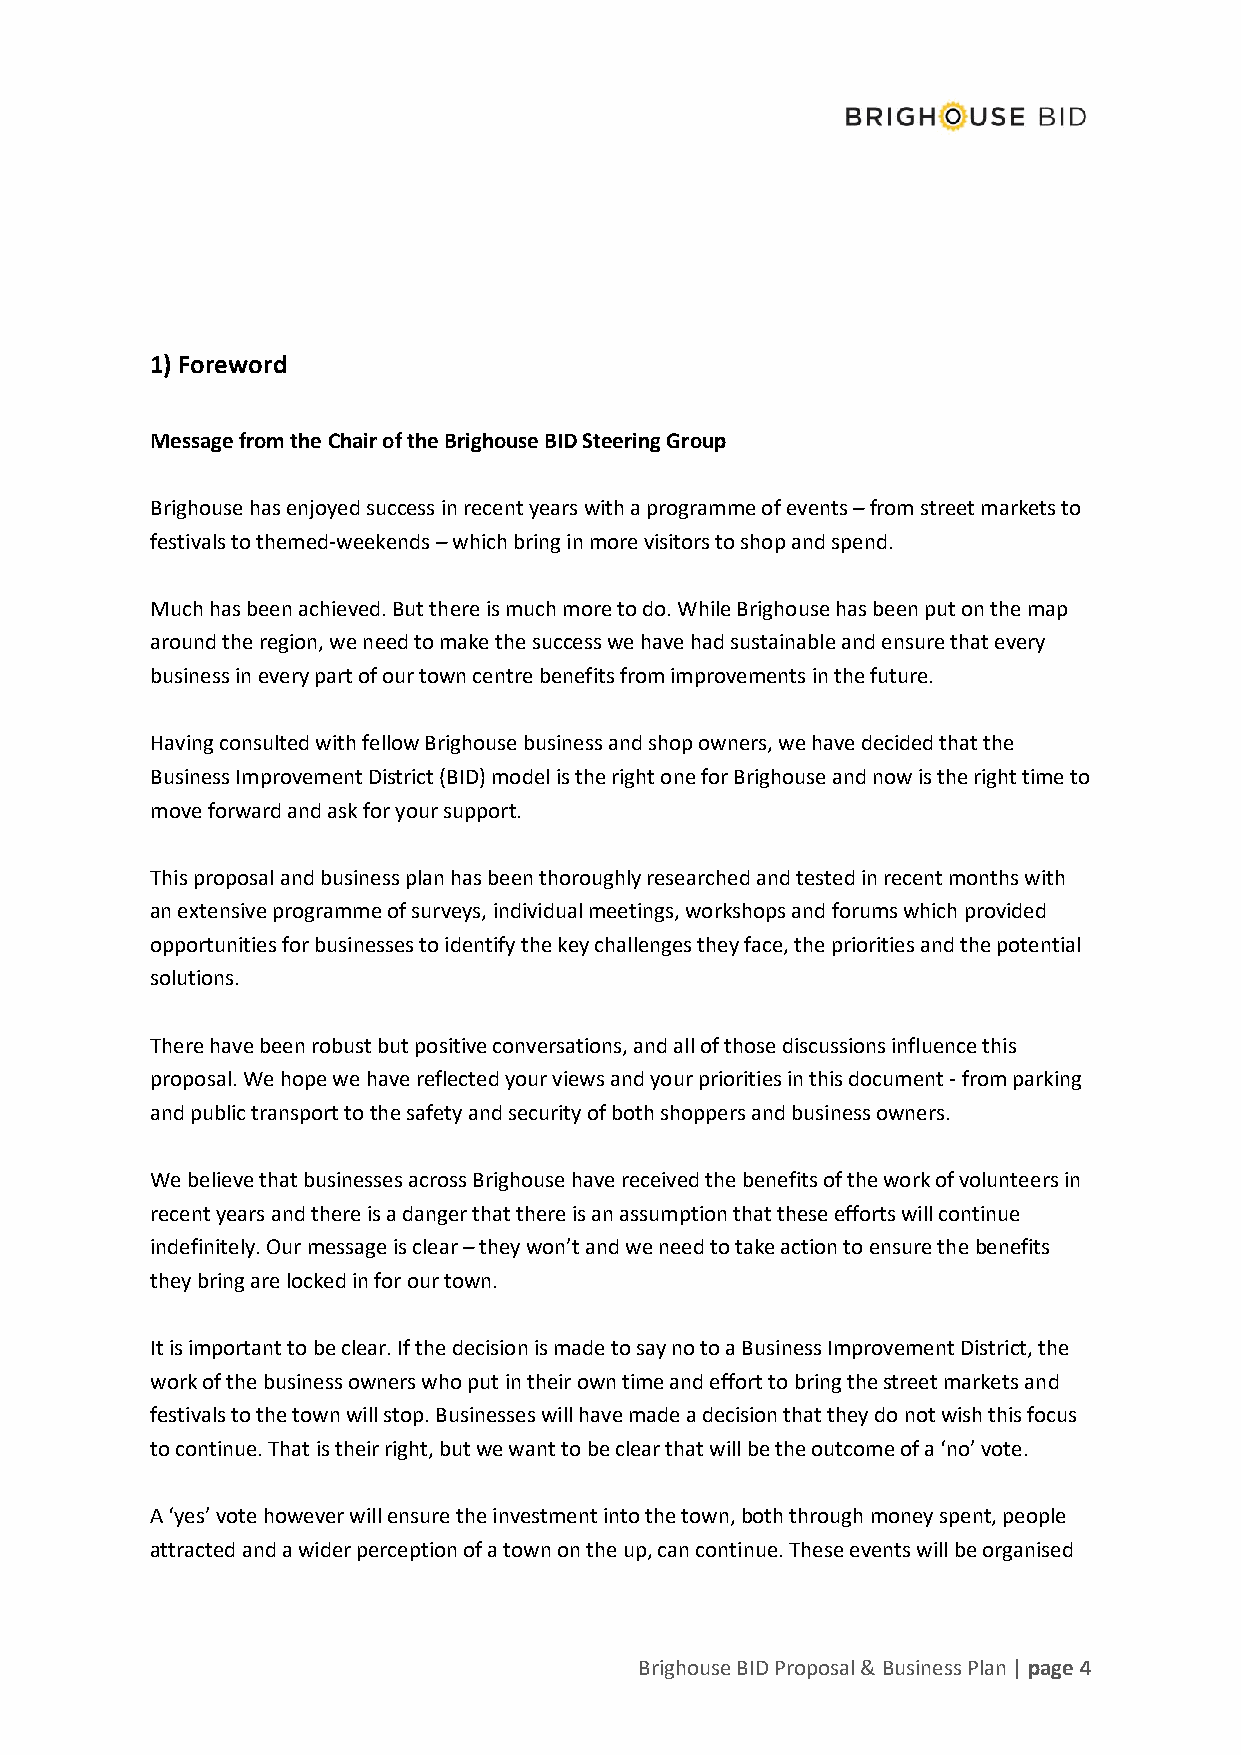
1) Foreword
 Message from the Chair of the Brighouse BID Steering Group
 Brighouse has enjoyed success in recent years with a programme of events – from street markets to
 festivals to themed-weekends – which bring in more visitors to shop and spend.
 Much has been achieved. But there is much more to do. While Brighouse has been put on the map
 around the region, we need to make the success we have had sustainable and ensure that every
 business in every part of our town centre benefits from improvements in the future.
 Having consulted with fellow Brighouse business and shop owners, we have decided that the
 Business Improvement District (BID) model is the right one for Brighouse and now is the right time to
 move forward and ask for your support.
 This proposal and business plan has been thoroughly researched and tested in recent months with
 an extensive programme of surveys, individual meetings, workshops and forums which provided
 opportunities for businesses to identify the key challenges they face, the priorities and the potential
 solutions.
 There have been robust but positive conversations, and all of those discussions influence this
 proposal. We hope we have reflected your views and your priorities in this document - from parking
 and public transport to the safety and security of both shoppers and business owners.
 We believe that businesses across Brighouse have received the benefits of the work of volunteers in
 recent years and there is a danger that there is an assumption that these efforts will continue
 indefinitely. Our message is clear – they won’t and we need to take action to ensure the benefits
 they bring are locked in for our town.
 It is important to be clear. If the decision is made to say no to a Business Improvement District, the
 work of the business owners who put in their own time and effort to bring the street markets and
 festivals to the town will stop. Businesses will have made a decision that they do not wish this focus
 to continue. That is their right, but we want to be clear that will be the outcome of a ‘no’ vote.
 A ‘yes’ vote however will ensure the investment into the town, both through money spent, people
 attracted and a wider perception of a town on the up, can continue. These events will be organised
 Brighouse BID Proposal & Business Plan | page 4